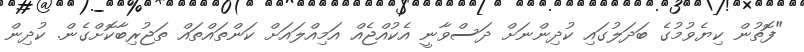
"ފޮތުން ކިޔެވުމުގެ ބަދަލުގައި ކުދިންނަށް ދަސްވާނީ އެކުއްޖެއް އަމިއްލައަށް ކަންތައްތައް ތަޖުރިބާކޮށްގެން. ކުދިން